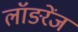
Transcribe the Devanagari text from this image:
लॉङरेंज